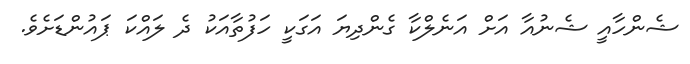
ޝެންހާއީ ޝެނުއާ އަށް އަނެލްކާ ގެންދިޔަ އަގަކީ ހަފުތާއަކު ދެ ލައްކަ ޕައުންޑަށެވެ.